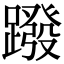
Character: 蹳